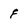
Character: f